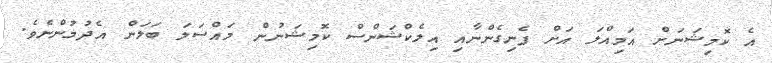
އެ ކޮމިޝަނަށް އަމިއްލަ އަށް ފެނިގެންނާއި އިލެކްޝަންސް ކޮމިޝަނުން މައްސަލަ ބަލަން އެދުމުންނެވެ.